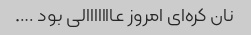
نان کره‌ای امروز عااااااالی بود ….